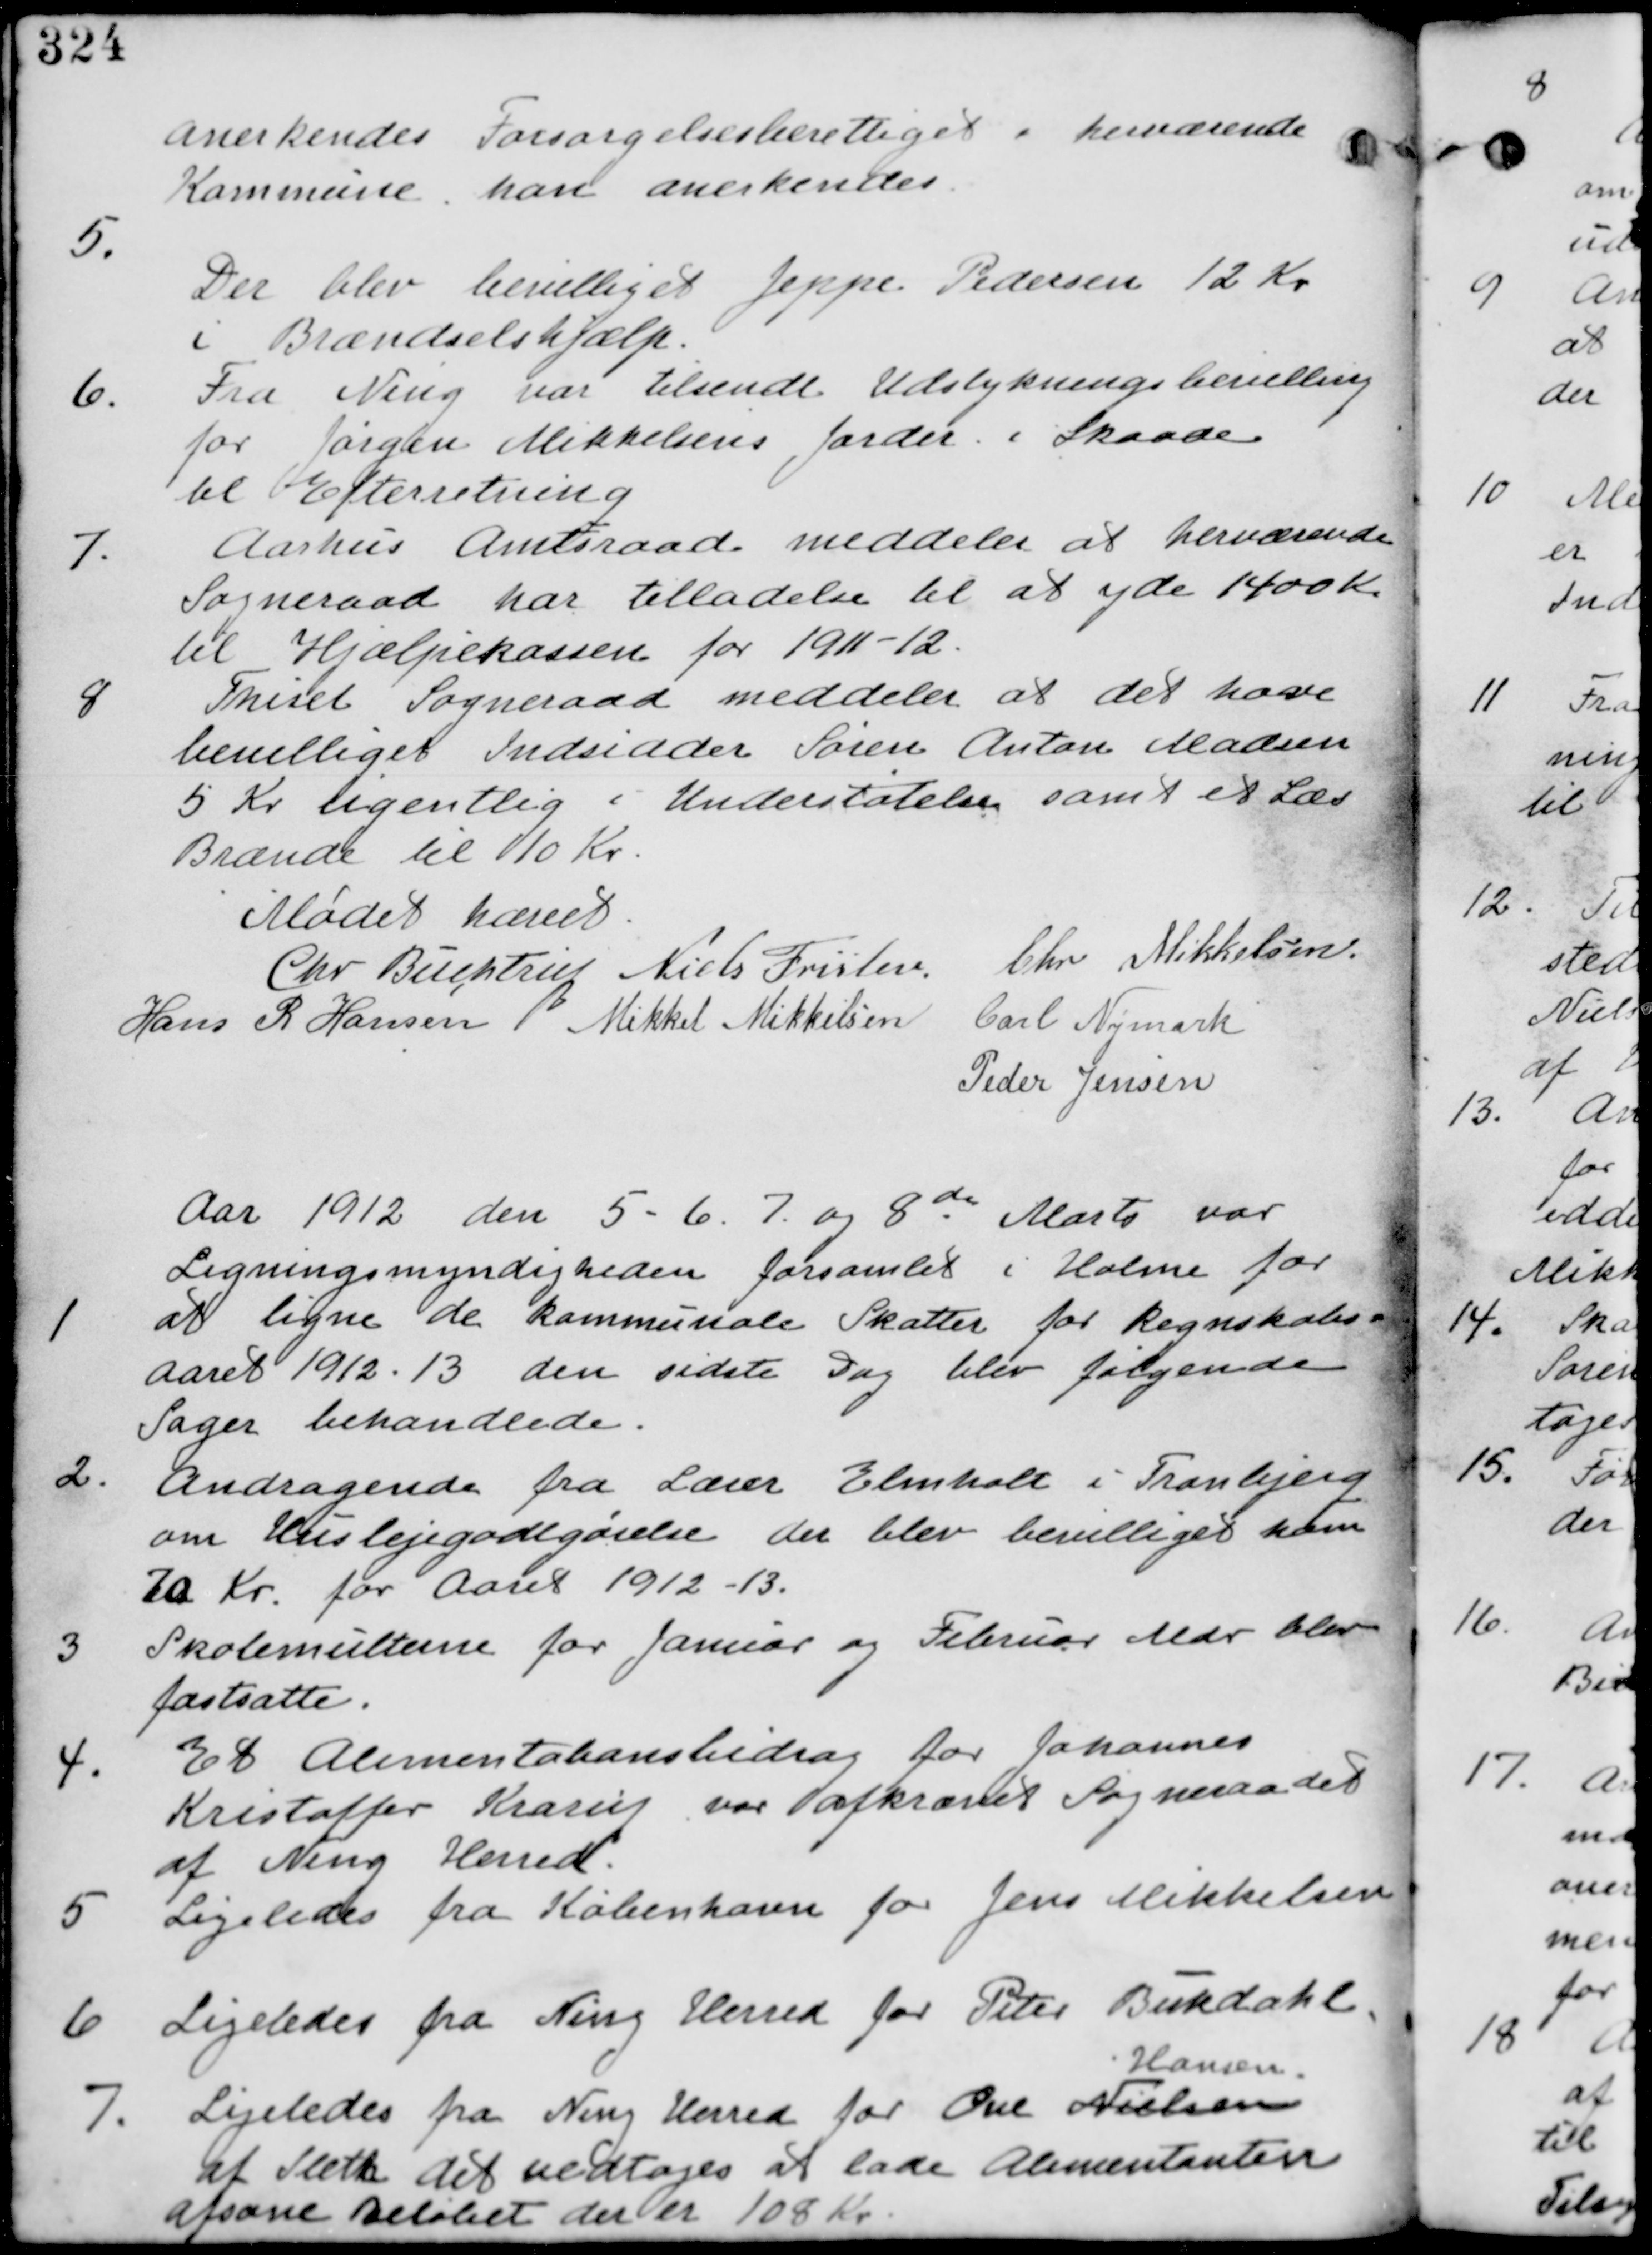
Transskription:
anerkendes Forsorgelsesberettiget i herværende
Kommune kan anerkendes

5.
Der blev bevilliget Jeppe Pedersen 12 Kr
i Brændselshjælp.

6.
Fra Ning var tilsendt Udstykningsbevilgning
for Jørgen Mikkelsens Jorder i Skaade
til Efterretning.

7.
Aarhus Amtsraad meddeler at herværende
Sogneraad har tilladelse til at yde 1400 Kr
til Hjælpekassen for 1911-12.

8.
Thisel Sogneraad meddeler at det have
bevilliget Indsidder Søren Anton Madsen
5 Kr ugentlig i Understøttelse samt et Læs
Brænde til 10 Kr.

Mødet hævet

Chr Buchtrup Niels Frislev. Chr Mikkelsen

Hans R Hansen Mikkel Mikkelsen Carl Nymark

Peder Jensen

Aar 1912 den 5-6-7 og 8de Marts var
Ligningsmyndigheden forsamlet i Holme for

1.
at ligne de kommunale Skatter for Regnskabs-
aaret 1912-13 den sidste Dag blev følgende
Sager behandlet.

2. Andragende fra Lærer Elinholt i Tranbjerg
om Huslejegodtgørelse der blev bevilliget ham
70 Kr. for Aaret 1912-13.

3.
Skolemulterne for Januar og Februar blev
fastsatte.

4.
Et Alumentationsbidrag for Johannes
Kristoffer Krarup var afkrævet Sogneraadet
af Ning Herred

5. Ligeledes fra København for Jens Mikkelsen

6.
Ligeledes fra Ning Herred for Peter Bukdahl.

7. Ligeledes fra Ning Herred for Ove Nielsen
Hansen
af Sleth det vedtages at lade alumentanten
afsone Beløbet der er 108 Kr.